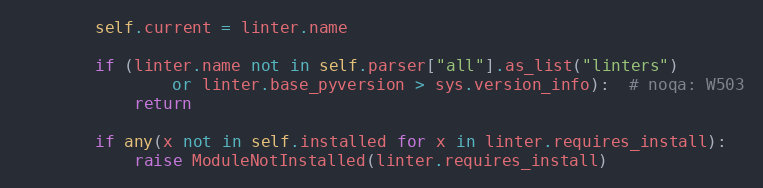
Language: Python
        self.current = linter.name

        if (linter.name not in self.parser["all"].as_list("linters")
                or linter.base_pyversion > sys.version_info):  # noqa: W503
            return

        if any(x not in self.installed for x in linter.requires_install):
            raise ModuleNotInstalled(linter.requires_install)